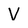
Character: V